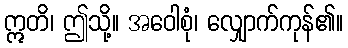
ဣတိ၊ ဤသို့။ အဝေါစုံ၊ လျှောက်ကုန်၏။